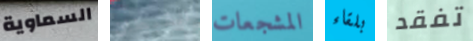
السماوية القبطان المشجعات بلقاء تفقد